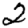
Digit: 2